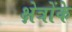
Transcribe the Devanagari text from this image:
क्षेत्रोंके